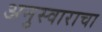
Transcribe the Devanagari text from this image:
अनुस्वाराचा